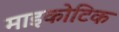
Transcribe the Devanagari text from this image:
माइकोटिक